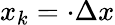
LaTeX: x_{k}=\cdot\Delta x